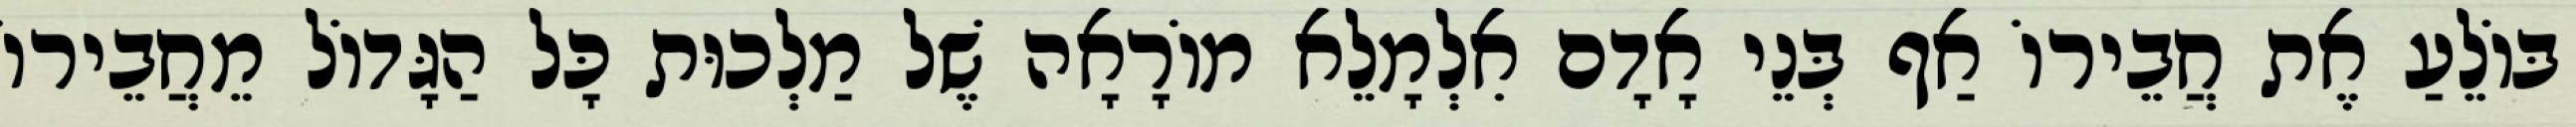
בּוֹלֵעַ אֶת חֲבֵירוֹ אַף בְּנֵי אָדָם אִלְמָלֵא מוֹרָאָה שֶׁל מַלְכוּת כָּל הַגָּדוֹל מֵחֲבֵירוֹ